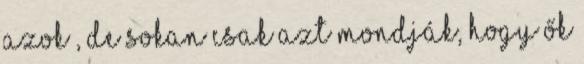
azok , de sokan csak azt mondják, hogy ők